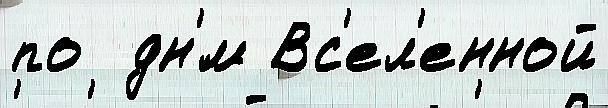
по  дн'́м Вс'ел'енной